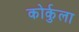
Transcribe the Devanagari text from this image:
कोर्कुला